Lunatic asylums in Bengal annual reports 1912-1924 - 1912-1924
Year: 1912
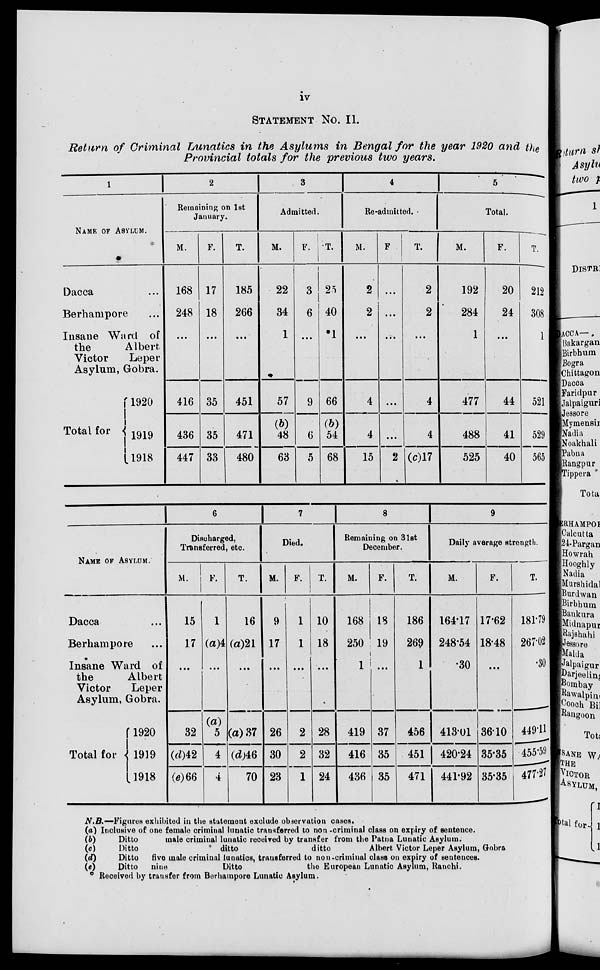
iv
STATEMENT No. II.
Return of Criminal Lunatics in the Asylums in Bengal for the year 1920 and the
Provincial totals for the previous two years.
1
NAME OF ASYLUM.
Dacca ...
Berhampore ...
Insane Ward of
the
Albert
Victor
Leper
Asylum, Gobra.
Total for
1920
1919
1918
2
Remaining on 1st
January.
M.
168
248
...
416
436
447
F.
17
18
...
35
35
33
T.
185
266
...
451
471
480
3
Admitted.
M.
22
34
1
57
(b)
48
63
F.
3
6
...
9
6
5
T.
25
40
*1
66
(b)
54
68
4
Re-admitted.
M.
2
2
...
4
4
15
F.
...
...
...
...
...
2
T.
2
2
...
4
4
(c)17
5
Total.
M.
192
284
1
477
488
525
F.
20
24
...
44
41
40
T.
212
308
1
521
529
565
NAME OF ASYLUM.
Dacca ...
Berhampore ...
Insane Ward of
the
Albert
Victor
Leper
Asylum, Gobra.
Total for
1920
1919
1918
6
Discharged,
Transferred, etc.
M.
15
17
...
32
(d)42
(e)66
F.
1
(a)4
...
(a)
5
4
4
T.
16
(a)21
...
(a) 37
(d)46
70
7
Died.
M.
9
17
...
26
30
23
F.
1
1
...
2
2
1
T.
10
18
...
28
32
24
8
Remaining on 31st
December.
M.
168
250
1
419
416
436
F.
18
19
...
37
35
35
T.
186
269
1
456
451
471
9
Daily average strength.
M.
164.17
248.54
30
413.01
420.24
441.92
F.
17.62
18.48
...
36.10
35.35
35.35
T.
181.79
267.02
30
449.01
455.59
477.27
N.B.—Figures exhibited in the statement exclude observation cases.
(a) Inclusive of one female criminal lunatic transferred to non-criminal class on expiry of sentence.
(b)
Ditto
male criminal lunatic received by transfer from the Patna Lunatic Asylum.
(c)
Ditto
ditto
ditto
Albert Victor Leper Asylum, Gobra
(d)
Ditto five male criminal lunatics, transferred to non-criminal class on expiry of sentences.
(e)
Ditto
nine
Ditto
the European Lunatic Asylum, Ranchi.
° Received by transfer from Berhampore Lunatic Asylum.